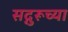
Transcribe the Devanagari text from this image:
सद्गुरूच्या